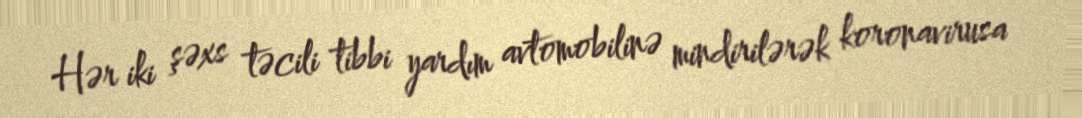
Hər iki şəxs təcili tibbi yardım avtomobilinə mindirilərək koronavirusa